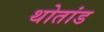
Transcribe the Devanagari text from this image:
थोतांड